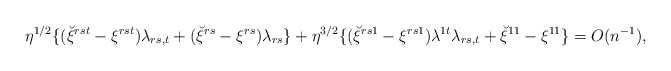
\begin{align*}\eta^{1/2}\{(\breve\xi^{rst}-\xi^{rst})\lambda_{rs,t}+(\breve\xi^{rs}-\xi^{rs})\lambda_{rs}\}+\eta^{3/2}\{(\breve\xi^{rs1}-\xi^{rs1})\lambda^{1t}\lambda_{rs,t}+\breve\xi^{11}-\xi^{11}\}=O(n^{-1}),\end{align*}